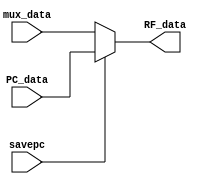
module SPC_mux(  input [15:0] mux_data,
				 input [15:0] PC_data,
				 input savepc,
				 output reg [15:0] RF_data);
				 
    always@(*)
    begin
        if(savepc==0)
            RF_data <= mux_data;
        else 
            RF_data <= PC_data;
    end
endmodule